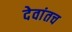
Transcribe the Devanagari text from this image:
देवांतच